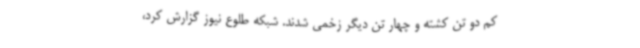
کم دو تن کشته و چهار تن دیگر زخمی شدند. شبکه طلوع نیوز گزارش کرد،